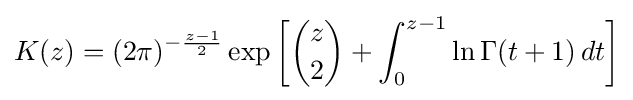
K(z)=(2\pi )^{-{\frac {z-1}{2}}}\exp \left[{\binom {z}{2}}+\int _{0}^{z-1}\ln \Gamma (t+1)\,dt\right]